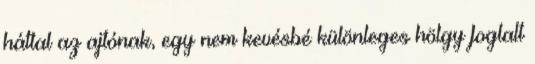
háttal az ajtónak, egy nem kevésbé különleges hölgy foglalt